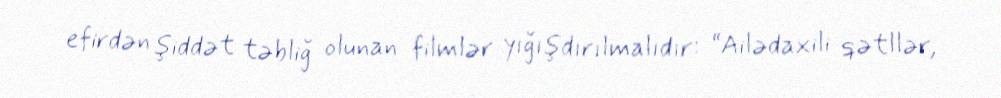
efirdən şiddət təbliğ olunan filmlər yığışdırılmalıdır: “Ailədaxili qətllər,